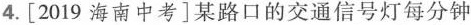
4.[2019海南中考]某路口的交通信号灯每分钟